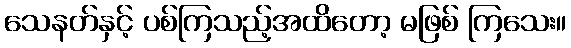
သေနတ်နှင့် ပစ်ကြသည့်အထိတော့ မဖြစ် ကြသေး။